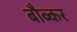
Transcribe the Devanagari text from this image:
बौब्कर